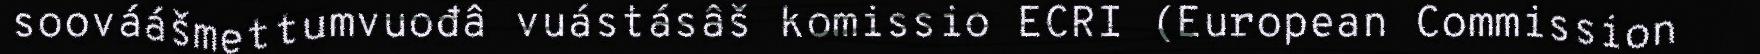
soováášmettumvuođâ vuástásâš komissio ECRI (European Commission